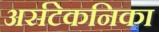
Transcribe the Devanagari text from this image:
अर्सटेकनिका